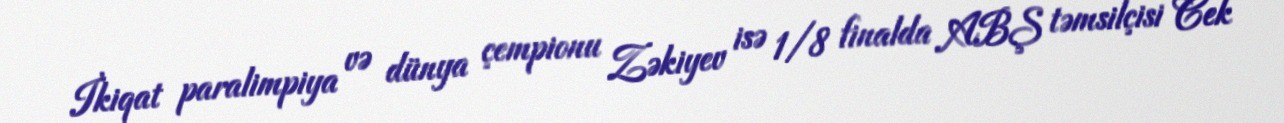
İkiqat paralimpiya və dünya çempionu Zəkiyev isə 1/8 finalda ABŞ təmsilçisi Cek